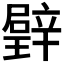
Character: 𱯳